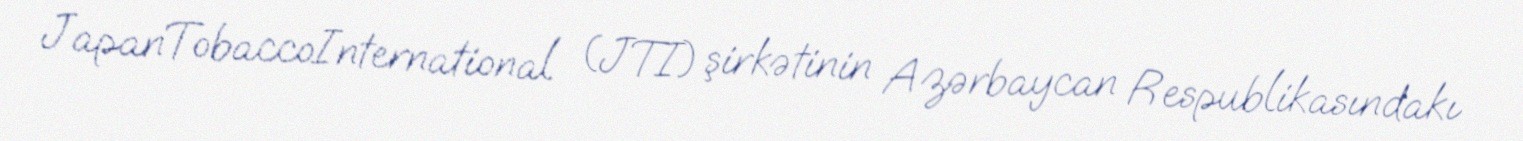
JapanTobaccoInternational (JTI) şirkətinin Azərbaycan Respublikasındakı